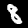
Digit: 8